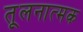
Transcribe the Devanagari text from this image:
तूलनात्मक